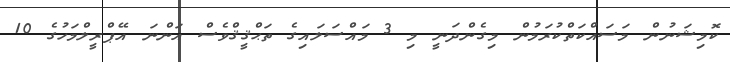
ކޮމިޝަނުން މަސައްކަތްކުރަމުން މިގެންދަނީ މި 3 މައްސަލައިގެ ތަޙްޤީޤްވެސް އަންނަ އޭޕްރީލްމަހުގެ 10